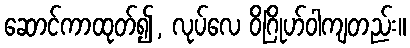
ဆောင်ကာထုတ်၍, လုပ်လေ ဝိဂြိုဟ်ဝါကျတည်း။